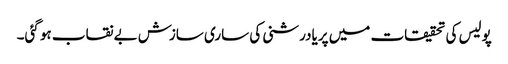
پولیس کی تحقیقات میں پریادرشنی کی ساری سازش بے نقاب ہو گئی۔